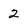
Character: 2